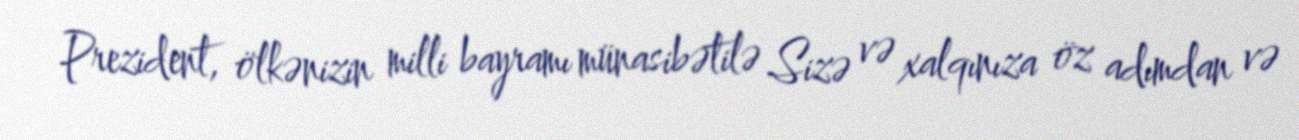
Prezident, ölkənizin milli bayramı münasibətilə Sizə və xalqınıza öz adımdan və